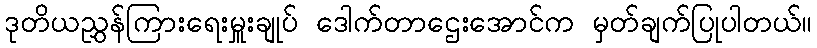
ဒုတိယညွှန်ကြားရေးမှူးချုပ် ဒေါက်တာဌေးအောင်က မှတ်ချက်ပြုပါတယ်။